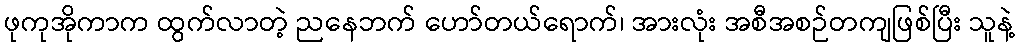
ဖုကုအိုကာက ထွက်လာတဲ့ ညနေဘက် ဟော်တယ်ရောက်၊ အားလုံး အစီအစဉ်တကျဖြစ်ပြီး သူနဲ့